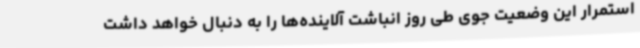
استمرار این وضعیت جوی طی روز انباشت آلاینده‌ها را به دنبال خواهد داشت